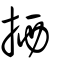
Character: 拪